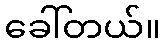
ခေါ်တယ်။